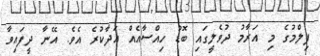
ފިލްމުގެ މި އަރާމު ދުވެލީގައި ބޮޑު ހިއްސާއެއް އަދާކުރެ އެވެ. އޭނާ ދީފައިވާ